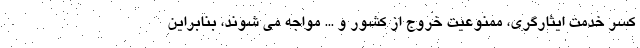
کسر خدمت ایثارگری، ممنوعیت خروج از کشور و ... مواجه می شوند، بنابراین